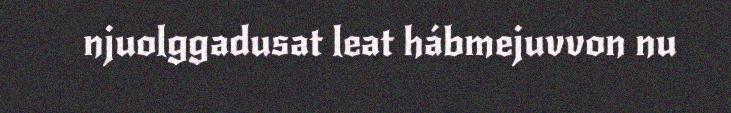
njuolggadusat leat hábmejuvvon nu